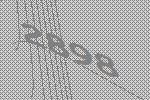
2898